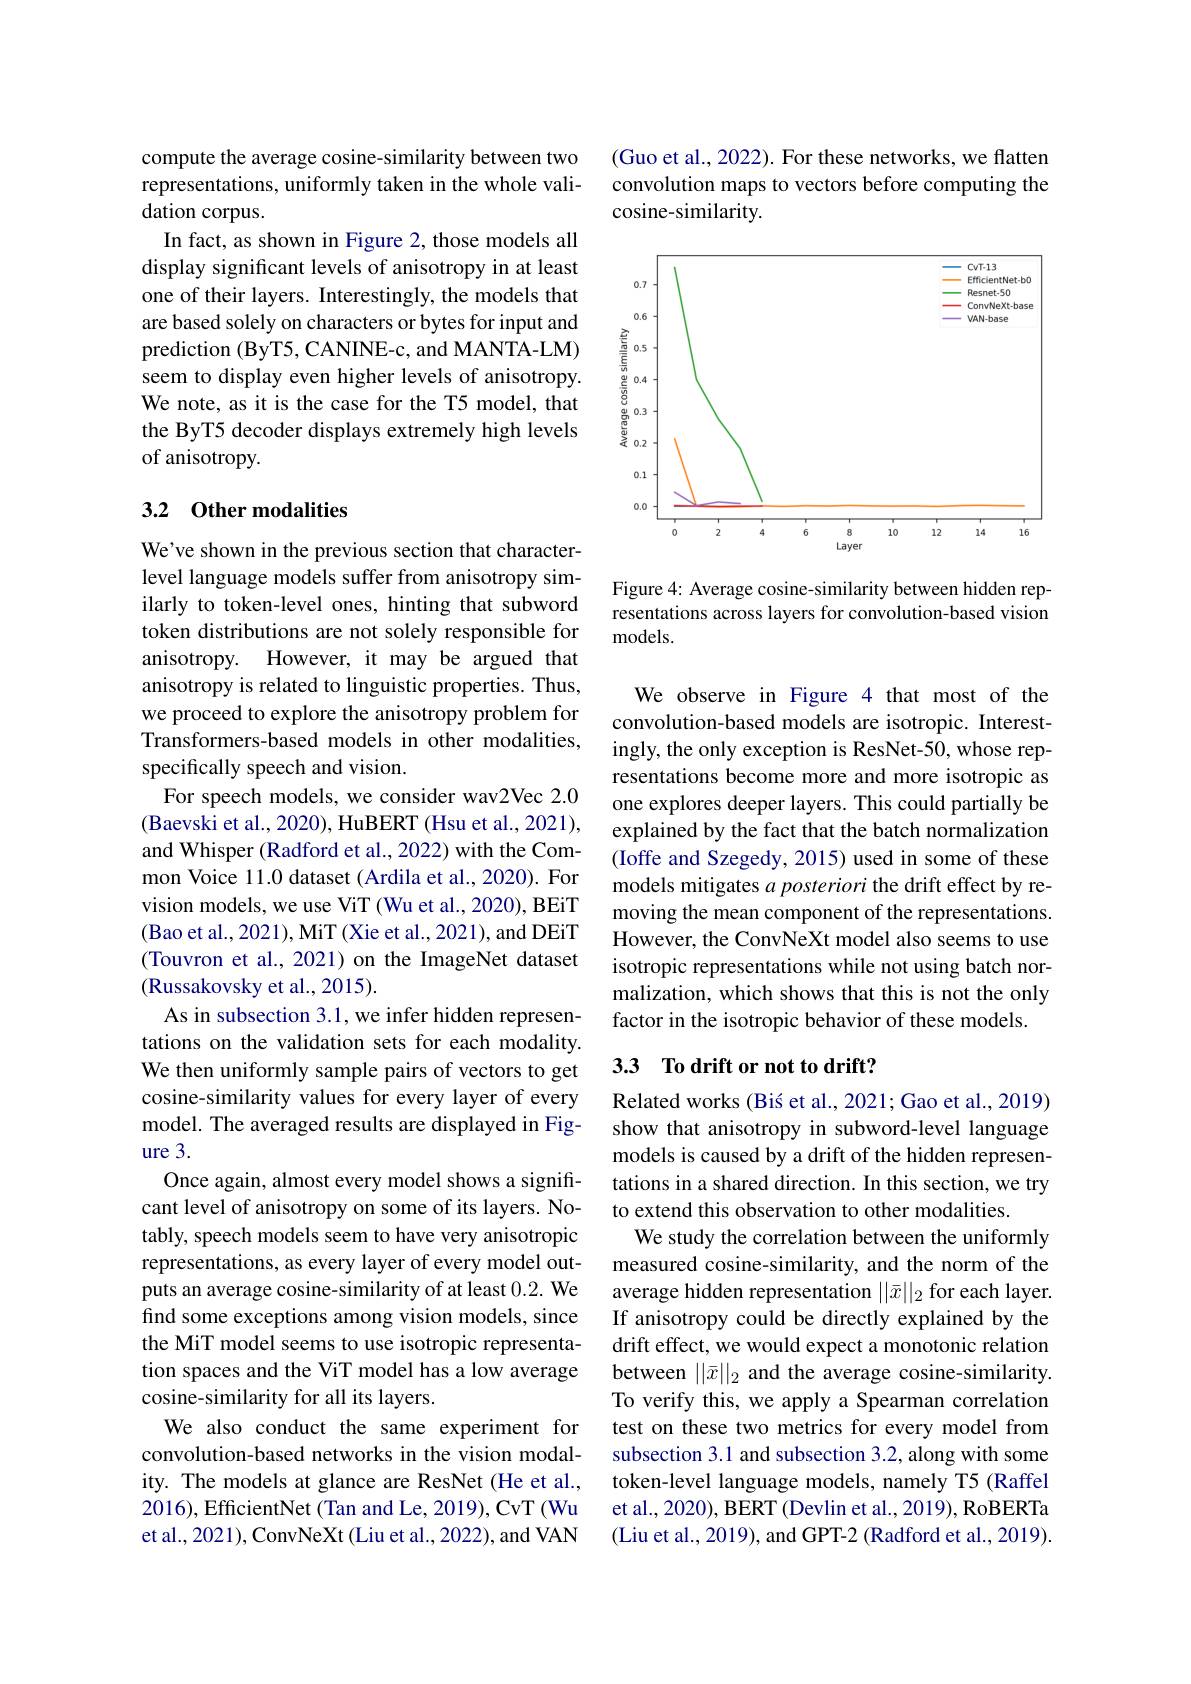
compute the average cosine-similarity between two representations, uniformly taken in the whole validation corpus.
In fact, as shown in Figure 2, those models all display significant levels of anisotropy in at least one of their layers. Interestingly, the models that are based solely on characters or bytes for input and prediction (ByT5, CANINE-c, and MANTA-LM) seem to display even higher levels of anisotropy. We note, as it is the case for the T5 model, that the ByT5 decoder displays extremely high levels of anisotropy.

### 3.2 Other modalities

We've shown in the previous section that characterlevel language models suffer from anisotropy similarly to token-level ones, hinting that subword token distributions are not solely responsible for anisotropy. However, it may be argued that anisotropy is related to linguistic properties. Thus, we proceed to explore the anisotropy problem for Transformers-based models in other modalities, specifically speech and vision.
For speech models, we consider wav2Vec 2.0 (Baevski et al., 2020), HuBERT (Hsu et al., 2021), and Whisper (Radford et al., 2022) with the Common Voice 11.0 dataset (Ardila et al., 2020). For vision models, we use ViT (Wu et al., 2020), BEiT (Bao et al., 2021), MiT (Xie et al., 2021), and DEiT (Touvron et al., 2021) on the ImageNet dataset (Russakovsky et al., 2015).
As in subsection 3.1, we infer hidden representations on the validation sets for each modality. We then uniformly sample pairs of vectors to get cosine-similarity values for every layer of every model. The averaged results are displayed in Figure 3.
Once again, almost every model shows a significant level of anisotropy on some of its layers. Notably, speech models seem to have very anisotropic representations, as every layer of every model outputs an average cosine-similarity of at least 0.2. We find some exceptions among vision models, since the MiT model seems to use isotropic representation spaces and the ViT model has a low average cosine-similarity for all its layers.
We also conduct the same experiment for convolution-based networks in the vision modality. The models at glance are ResNet (He et al., 2016), EfficientNet (Tan and Le, 2019), CvT (Wu et al., 2021), ConvNeXt (Liu et al., 2022), and VAN

(Guo et al., 2022). For these networks, we flatten convolution maps to vectors before computing the cosine-similarity.

<FigureHere>

Figure 4: Average cosine-similarity between hidden representations across layers for convolution-based vision models.

We observe in Figure 4 that most of the convolution-based models are isotropic. Interestingly, the only exception is ResNet-50, whose representations become more and more isotropic as one explores deeper layers. This could partially be explained by the fact that the batch normalization (Ioffe and Szegedy, 2015) used in some of these models mitigates $a\textit{posteriori the drift effect by re- }$ moving the mean component of the representations. However, the ConvNeXt model also seems to use isotropic representations while not using batch normalization, which shows that this is not the only factor in the isotropic behavior of these models.

## 3.3 To drift or not to drift?

Related works (Bis et al., 2021; Gao et al., 2019) show that anisotropy in subword-level language models is caused by a drift of the hidden representations in a shared direction. In this section, we try to extend this observation to other modalities
We study the correlation between the uniformly measured cosine-similarity, and the norm of the average hidden representation $||\bar{x}||_2$ for each layer If anisotropy could be directly explained by the drift effect, we would expect a monotonic relation between $||\bar{x}||_2$ and the average cosine-similarity. To verify this, we apply a Spearman correlation test on these two metrics for every model from subsection 3.1 and subsection 3.2, along with some token-level language models, namely T5 (Raffel et al., 2020), BERT (Devlin et al., 2019), RoBERTa (Liu et al., 2019), and GPT-2 (Radford et al., 2019).